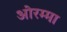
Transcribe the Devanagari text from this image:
ओरम्मा